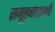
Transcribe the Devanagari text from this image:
समूहनाट्याचे